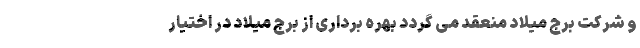
و شرکت برج میلاد منعقد می گردد بهره برداری از برج میلاد در اختيار